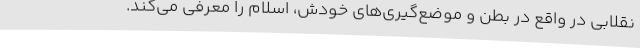
نقلابی در واقع در بطن و موضع‌گیری‌های خودش، اسلام را معرفی می‌کند.